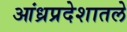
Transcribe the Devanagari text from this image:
आंध्रप्रदेशातले